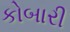
કોબારી